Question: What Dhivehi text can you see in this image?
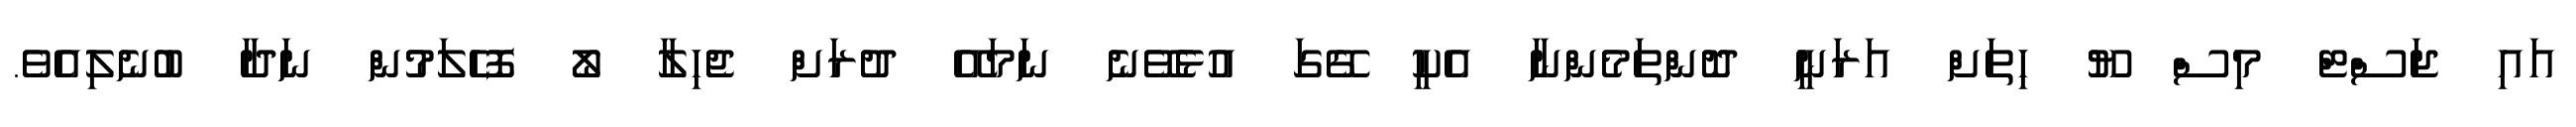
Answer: އައި ޖަސްޓް މިސް ޔޫ ހިތަށް އަރަނީ ދޮންތަމެންނާ އެކީ ގޭގަ އުޅެވޭނެ ނަމައޭ ދުރަށް ޖެހިލާ ލޯ ފޮހެލަމުން ނަދާ ބުނެލިއެވެ.